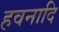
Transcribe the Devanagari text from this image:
हवनादि